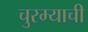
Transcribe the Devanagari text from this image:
चुरम्याची